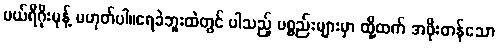
ပယ်ရီဂိုးမုန့် မဟုတ်ပါ။ရေခဲဘူးထဲတွင် ပါသည့် ပစ္စည်းများမှာ ထို့ထက် အဖိုးတန်သော